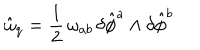
LaTeX: \hat { \omega } _ { q } = \frac { 1 } { 2 } \, \omega _ { a b } \, \delta \hat { \phi } ^ { a } \wedge \delta \hat { \phi } ^ { b }